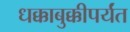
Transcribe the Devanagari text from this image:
धक्काबुक्कीपर्यंत